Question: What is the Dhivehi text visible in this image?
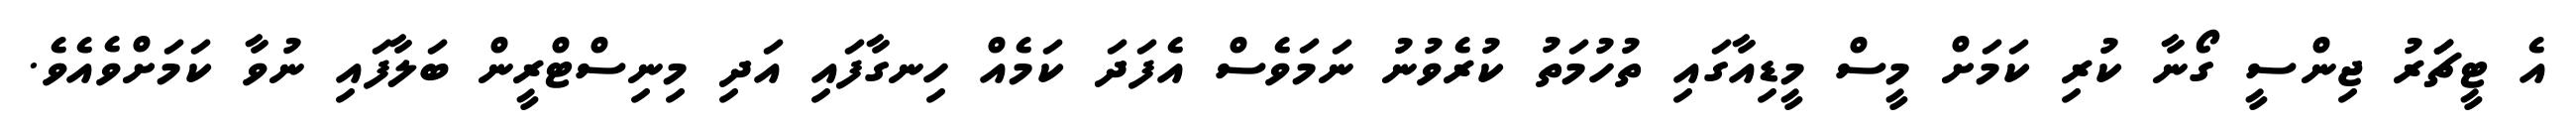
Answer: އެ ޓީޗަަރު ޖިންސީ ގޯނާ ކުރި ކަމަށް މީސް މީޑިއާގައި ތުހުމަތު ކުރެވުނު ނަމަވެސް އެފަދަ ކަމެއް ހިނގާފައި އަދި މިނިސްޓްރީން ބަލާފައި ނުވާ ކަމަށްވެއެވެ.